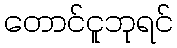
တောင်ငူဘုရင်